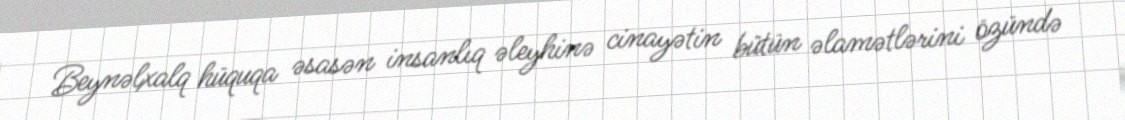
Beynəlxalq hüquqa əsasən insanlıq əleyhinə cinayətin bütün əlamətlərini özündə